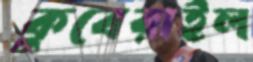
কুবেরাইল